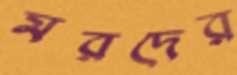
মরদের